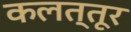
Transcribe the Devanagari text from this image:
कलत्तूर